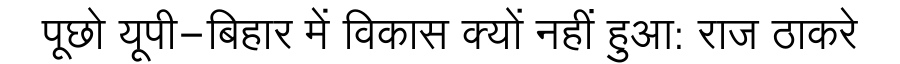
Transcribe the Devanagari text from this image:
पूछो यूपी-बिहार में विकास क्यों नहीं हुआ: राज ठाकरे